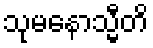
သုမနောသ္မီတိ